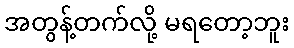
အတွန့်တက်လို့ မရတော့ဘူး